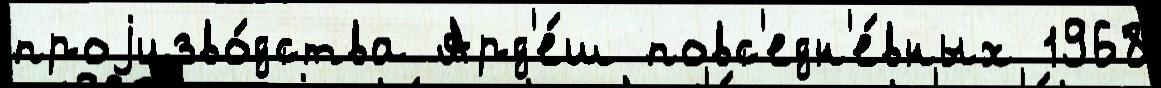
проjизво́дства Ард'е́ш повс'едн'е́вных 1968